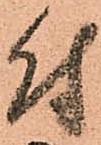
付